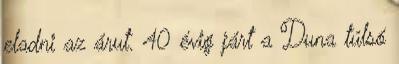
eladni az árut. 40 évig járt a Duna túlsó